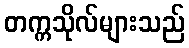
တက္ကသိုလ်များသည်